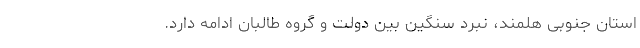
استان جنوبی هلمند، نبرد سنگین بین دولت و گروه طالبان ادامه دارد.